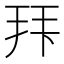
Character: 𭠠